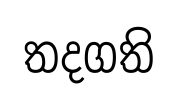
තදගති